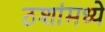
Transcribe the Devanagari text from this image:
ठशांमध्ये